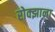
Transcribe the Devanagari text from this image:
रोक्झाना